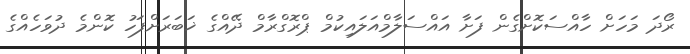
ރޯދަ މަހަށް ހާއްސަކޮށްގެން ފަށާ އައްސަލާމްއަލައިކުމް ޕްރޮގްރާމް ދޭއްގެ ޚަބަރަށްފަހު ކޮންމެ ދުވަހެއްގެ